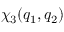
\chi _ { 3 } ( q _ { 1 } , q _ { 2 } )